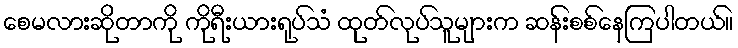
စေမလားဆိုတာကို ကိုရီးယားရုပ်သံ ထုတ်လုပ်သူများက ဆန်းစစ်နေကြပါတယ်။